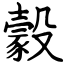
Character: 豰